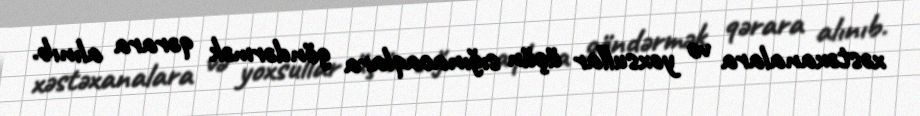
xəstəxanalara və yoxsullar üçün sığınacaqlara göndərmək qərara alınıb.